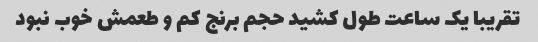
تقریبا یک ساعت طول کشید حجم برنج کم و طعمش خوب نبود